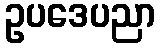
ဥပဒေပညာ